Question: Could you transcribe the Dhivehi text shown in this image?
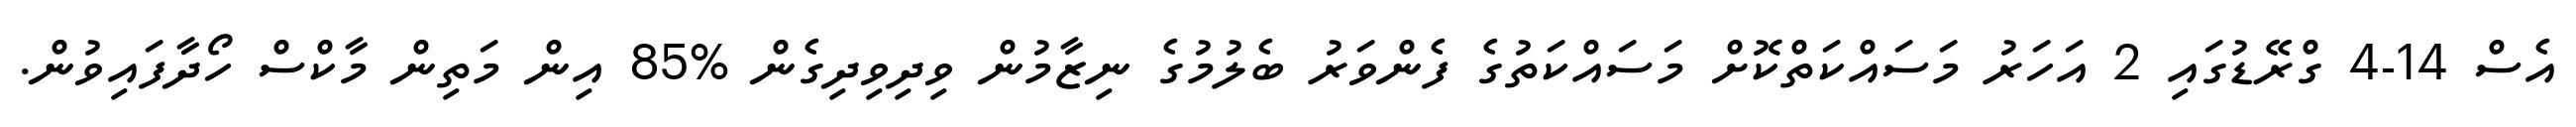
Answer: އެސް 14-4 ގްރޭޑުގައި 2 އަހަރު މަސައްކަތްކޮށް މަސައްކަތުގެ ފެންވަރު ބެލުމުގެ ނިޒާމުން ވިދިވިދިގެން %85 އިން މަތިން މާކްސް ހޯދާފައިވުން.